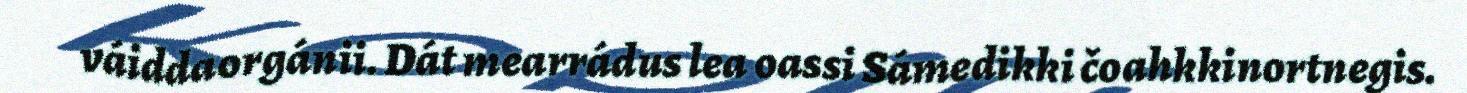
váiddaorgánii. Dát mearrádus lea oassi Sámedikki čoahkkinortnegis.